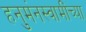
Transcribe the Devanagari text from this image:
हनुमंनस्वामींच्या